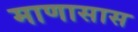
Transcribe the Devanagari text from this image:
माणासास